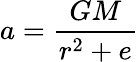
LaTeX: a={\frac{GM}{r^{2}+e}}